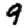
Digit: 9